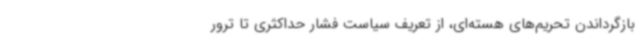
بازگرداندن تحریم‌های هسته‌ای، از تعریف سیاست فشار حداکثری تا ترور